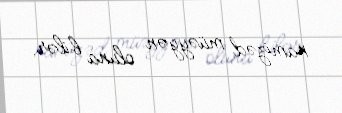
namizəd müəyyən oluna bilər.